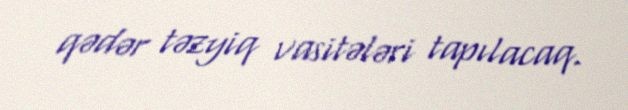
qədər təzyiq vasitələri tapılacaq.